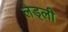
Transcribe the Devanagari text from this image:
लेड्ली